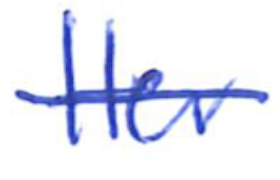
Text: Her
Cross-out: single-line
Writing tool: ballpoint